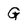
Character: G